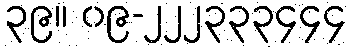
၃၉။ ၀၉-၂၂၂၃၃၃၄၄၄